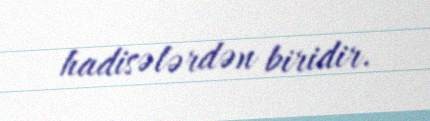
hadisələrdən biridir.